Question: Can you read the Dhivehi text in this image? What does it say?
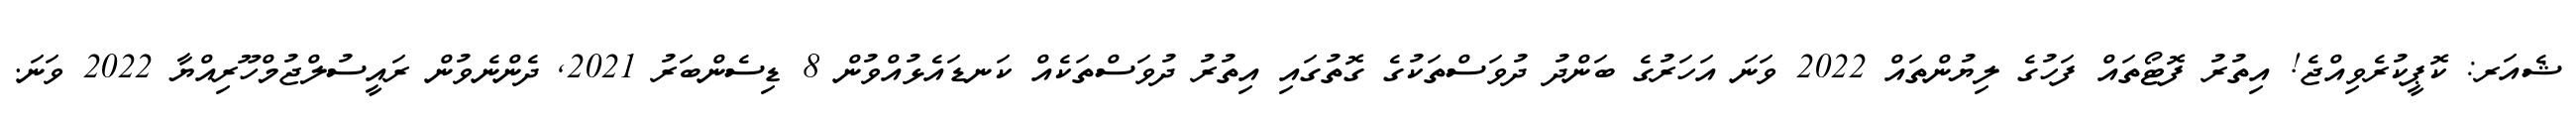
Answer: ޝެއަރ: ކޮޕީކުރެވިއްޖެ! އިތުރު ފޮޓޯތައް ފަހުގެ ލިޔުންތައް 2022 ވަނަ އަހަރުގެ ބަންދު ދުވަސްތަކުގެ ގޮތުގައި އިތުރު ދުވަސްތަކެއް ކަނޑައެޅުއްވުން 8 ޑިސެންބަރު 2021, ދެންނެވުން ރައީސުލްޖުމްހޫރިއްޔާ 2022 ވަނަ.